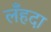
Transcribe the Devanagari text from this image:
लँहदा